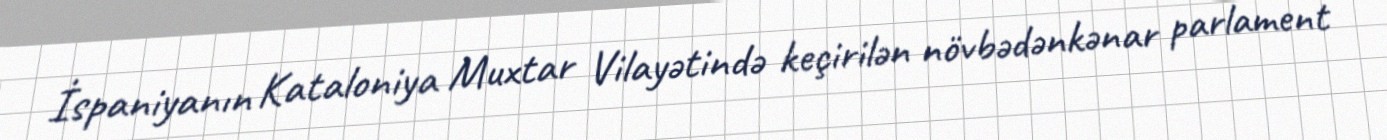
İspaniyanın Kataloniya Muxtar Vilayətində keçirilən növbədənkənar parlament